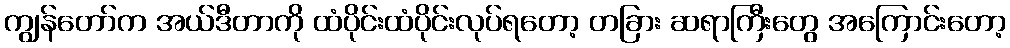
ကျွန်တော်က အယ်ဒီတာကို ထံပိုင်းထံပိုင်းလုပ်ရတော့ တခြား ဆရာကြီးတွေ အကြောင်းတော့